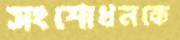
সংশোধনকে